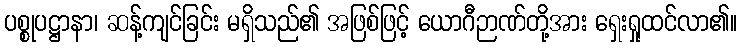
ပစ္စုပဋ္ဌာနာ၊ ဆန့်ကျင်ခြင်း မရှိသည်၏ အဖြစ်ဖြင့် ယောဂီဉာဏ်တို့အား ရှေးရှုထင်လာ၏။